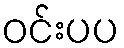
ဝင်းပပ